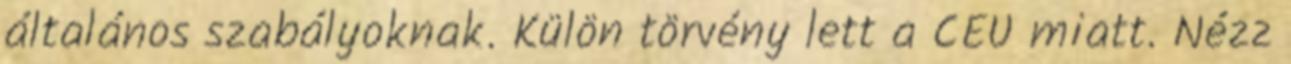
általános szabályoknak. Külön törvény lett a CEU miatt. Nézz